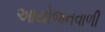
આયોજનવાળી